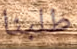
طلبنا